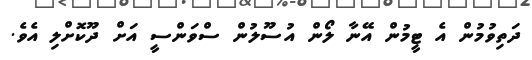
ދަތިވުމުން އެ ޓީމުން އޭނާ ލޯން އުސޫލުން ސްވަންސީ އަށް ދޫކޮށްލި އެވެ.